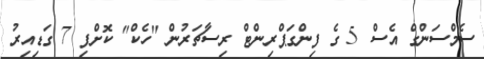
ސެމްސަންގް އެސް 5 ގެ ފިންގަޕްރިންޓް ރިސާޗަރުން "ހެކް" ކޮށްފި 7 ގަޑިއިރު